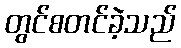
တွင်စတင်ခဲ့သည်